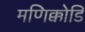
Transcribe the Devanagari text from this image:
मणिक्कोडि